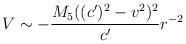
LaTeX: \begin{align*}V \sim -\frac{M_{5}((c')^2 - v^2)^2}{c'} r^{-2}\end{align*}